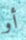
أو